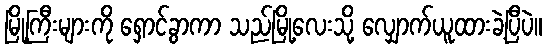
မြို့ကြီးများကို ရှောင်ခွာကာ သည်မြို့လေးသို့ လျှောက်ယူထားခဲ့ပြီပဲ။